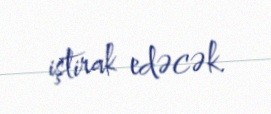
iştirak edəcək.